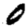
Digit: 0